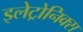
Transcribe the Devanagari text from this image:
इलेट्रोनिक्स